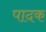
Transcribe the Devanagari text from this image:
पादक